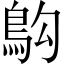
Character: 𫚱